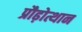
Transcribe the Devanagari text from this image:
प्रौढ़ोत्थान